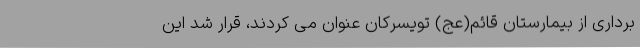
برداری از بیمارستان قائم(عج) تویسرکان عنوان می کردند، قرار شد این